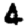
Digit: 4